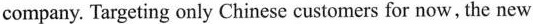
company. Targeting only Chinese customers for now, the new